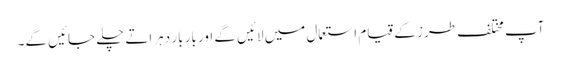
آپ مختلف طرز کے قیام استعمال میں لائیں گے اور بار بار دہراتے چلے جائیں گے۔